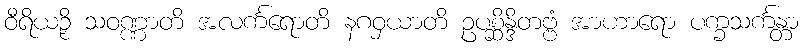
ဝီရိယဉှိ သဝဏ္ဏာတိ အလင်္ကရောတိ နဂဝှယာတိ ဥပစ္ဆိန္ဒိတဗ္ဗံ အာဟာရော ပက္ခသင်္ကန္တာ